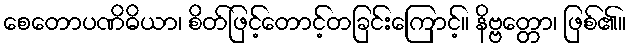
စေတောပဏိဓိယာ၊ စိတ်ဖြင့်တောင့်တခြင်းကြောင့်။ နိဗ္ဗတ္တော၊ ဖြစ်၏။